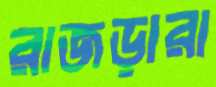
রাজড়ারা